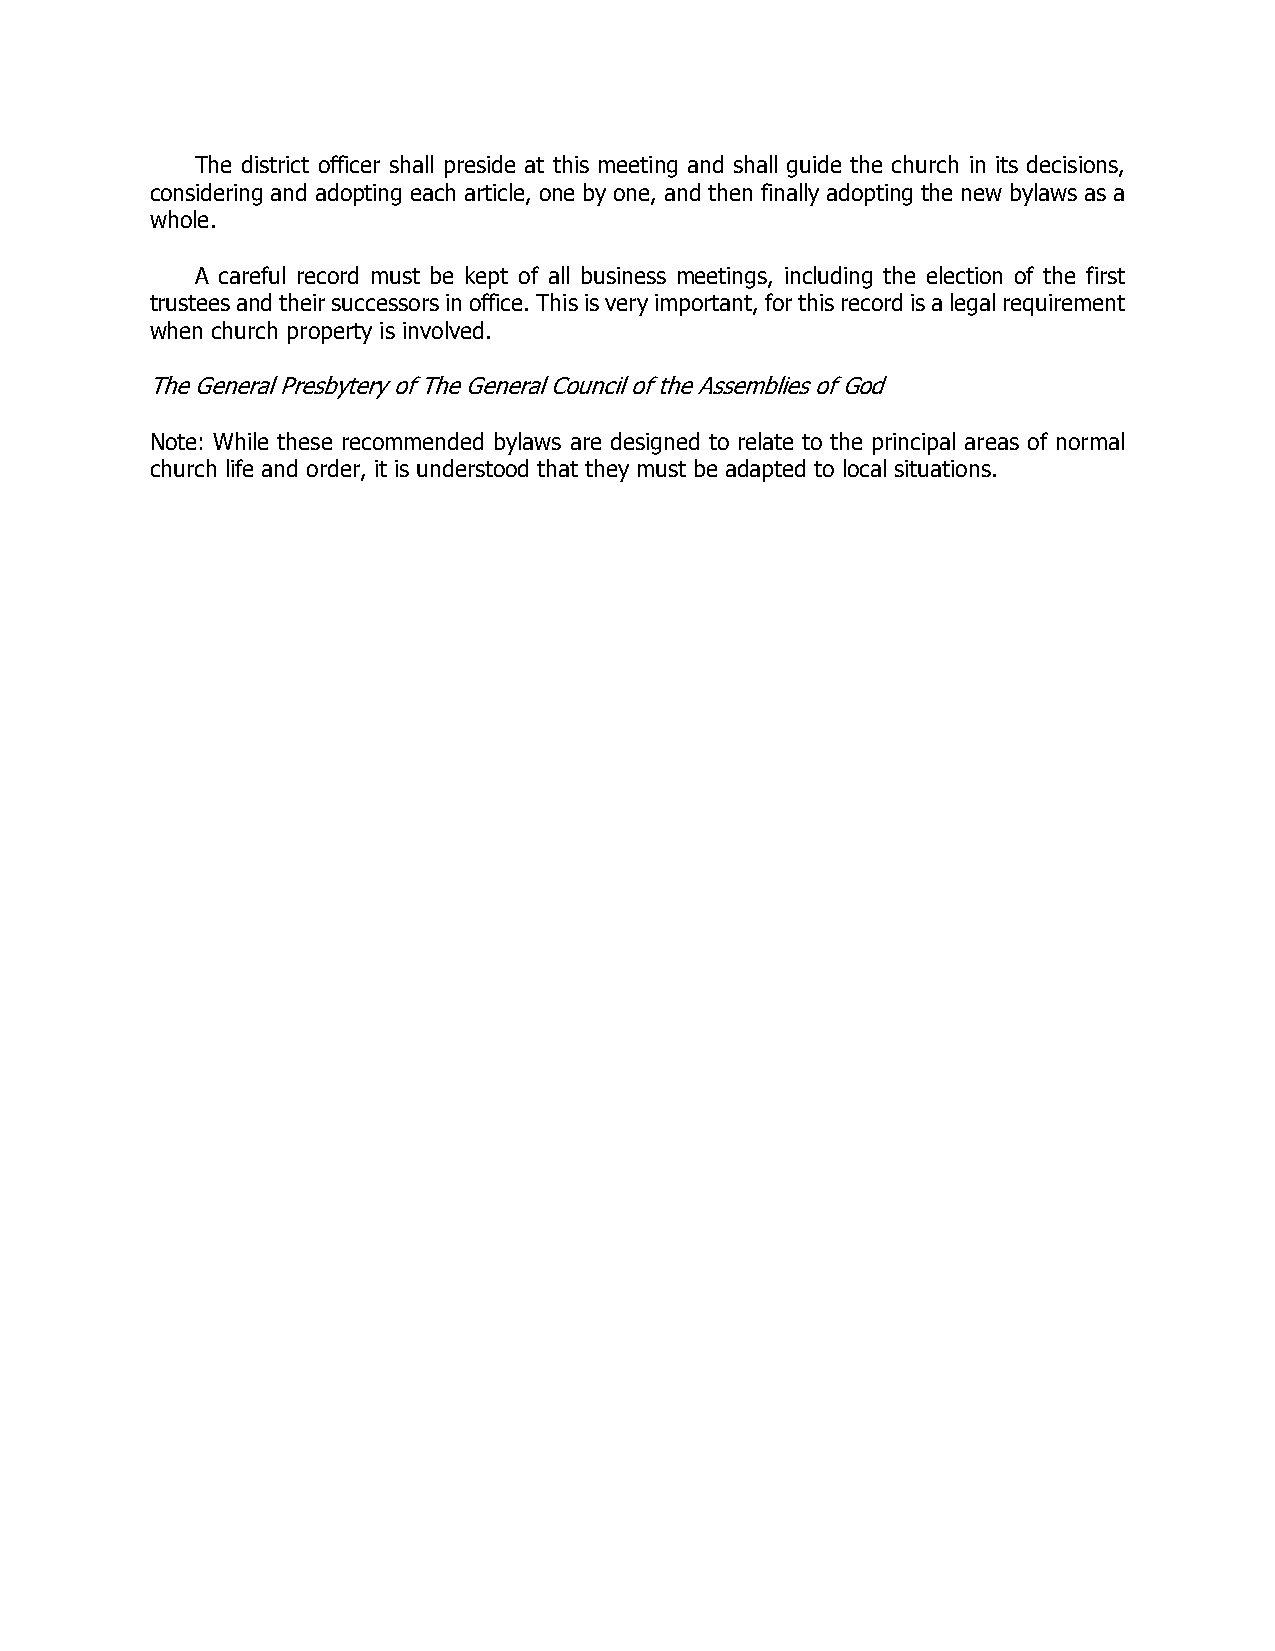
The district officer shall preside at this meeting and shall guide the church in its decisions,
 considering and adopting each article, one by one, and then finally adopting the new bylaws as a
 whole.
 A careful record must be kept of all business meetings, including the election of the first
 trustees and their successors in office. This is very important, for this record is a legal requirement
 when church property is involved.
 The General Presbytery of The General Council of the Assemblies of God
 Note: While these recommended bylaws are designed to relate to the principal areas of normal
 church life and order, it is understood that they must be adapted to local situations.